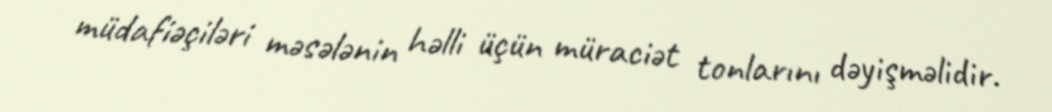
müdafiəçiləri məsələnin həlli üçün müraciət tonlarını dəyişməlidir.